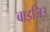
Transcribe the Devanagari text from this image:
बाइजिउ